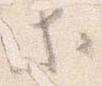
等